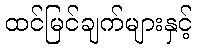
ထင်မြင်ချက်များနှင့်